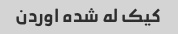
کیک له شده اوردن